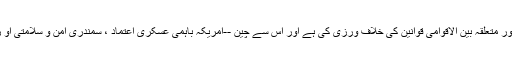
امریکہ نے مذکورہ اقدام سے چینی قانون اور متعلقہ بین الاقوامی قوانین کی خلاف ورزی کی ہے اور اس سے چین --امریکہ باہمی عسکری اعتماد ، سمندری امن و سلامتی او ربہترین نظم و نسق کو نقصان پہنچایا گیا ۔